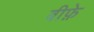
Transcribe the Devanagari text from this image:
बीफ़े